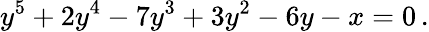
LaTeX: y^{5}+2y^{4}-7y^{3}+3y^{2}-6y-x=0\, .